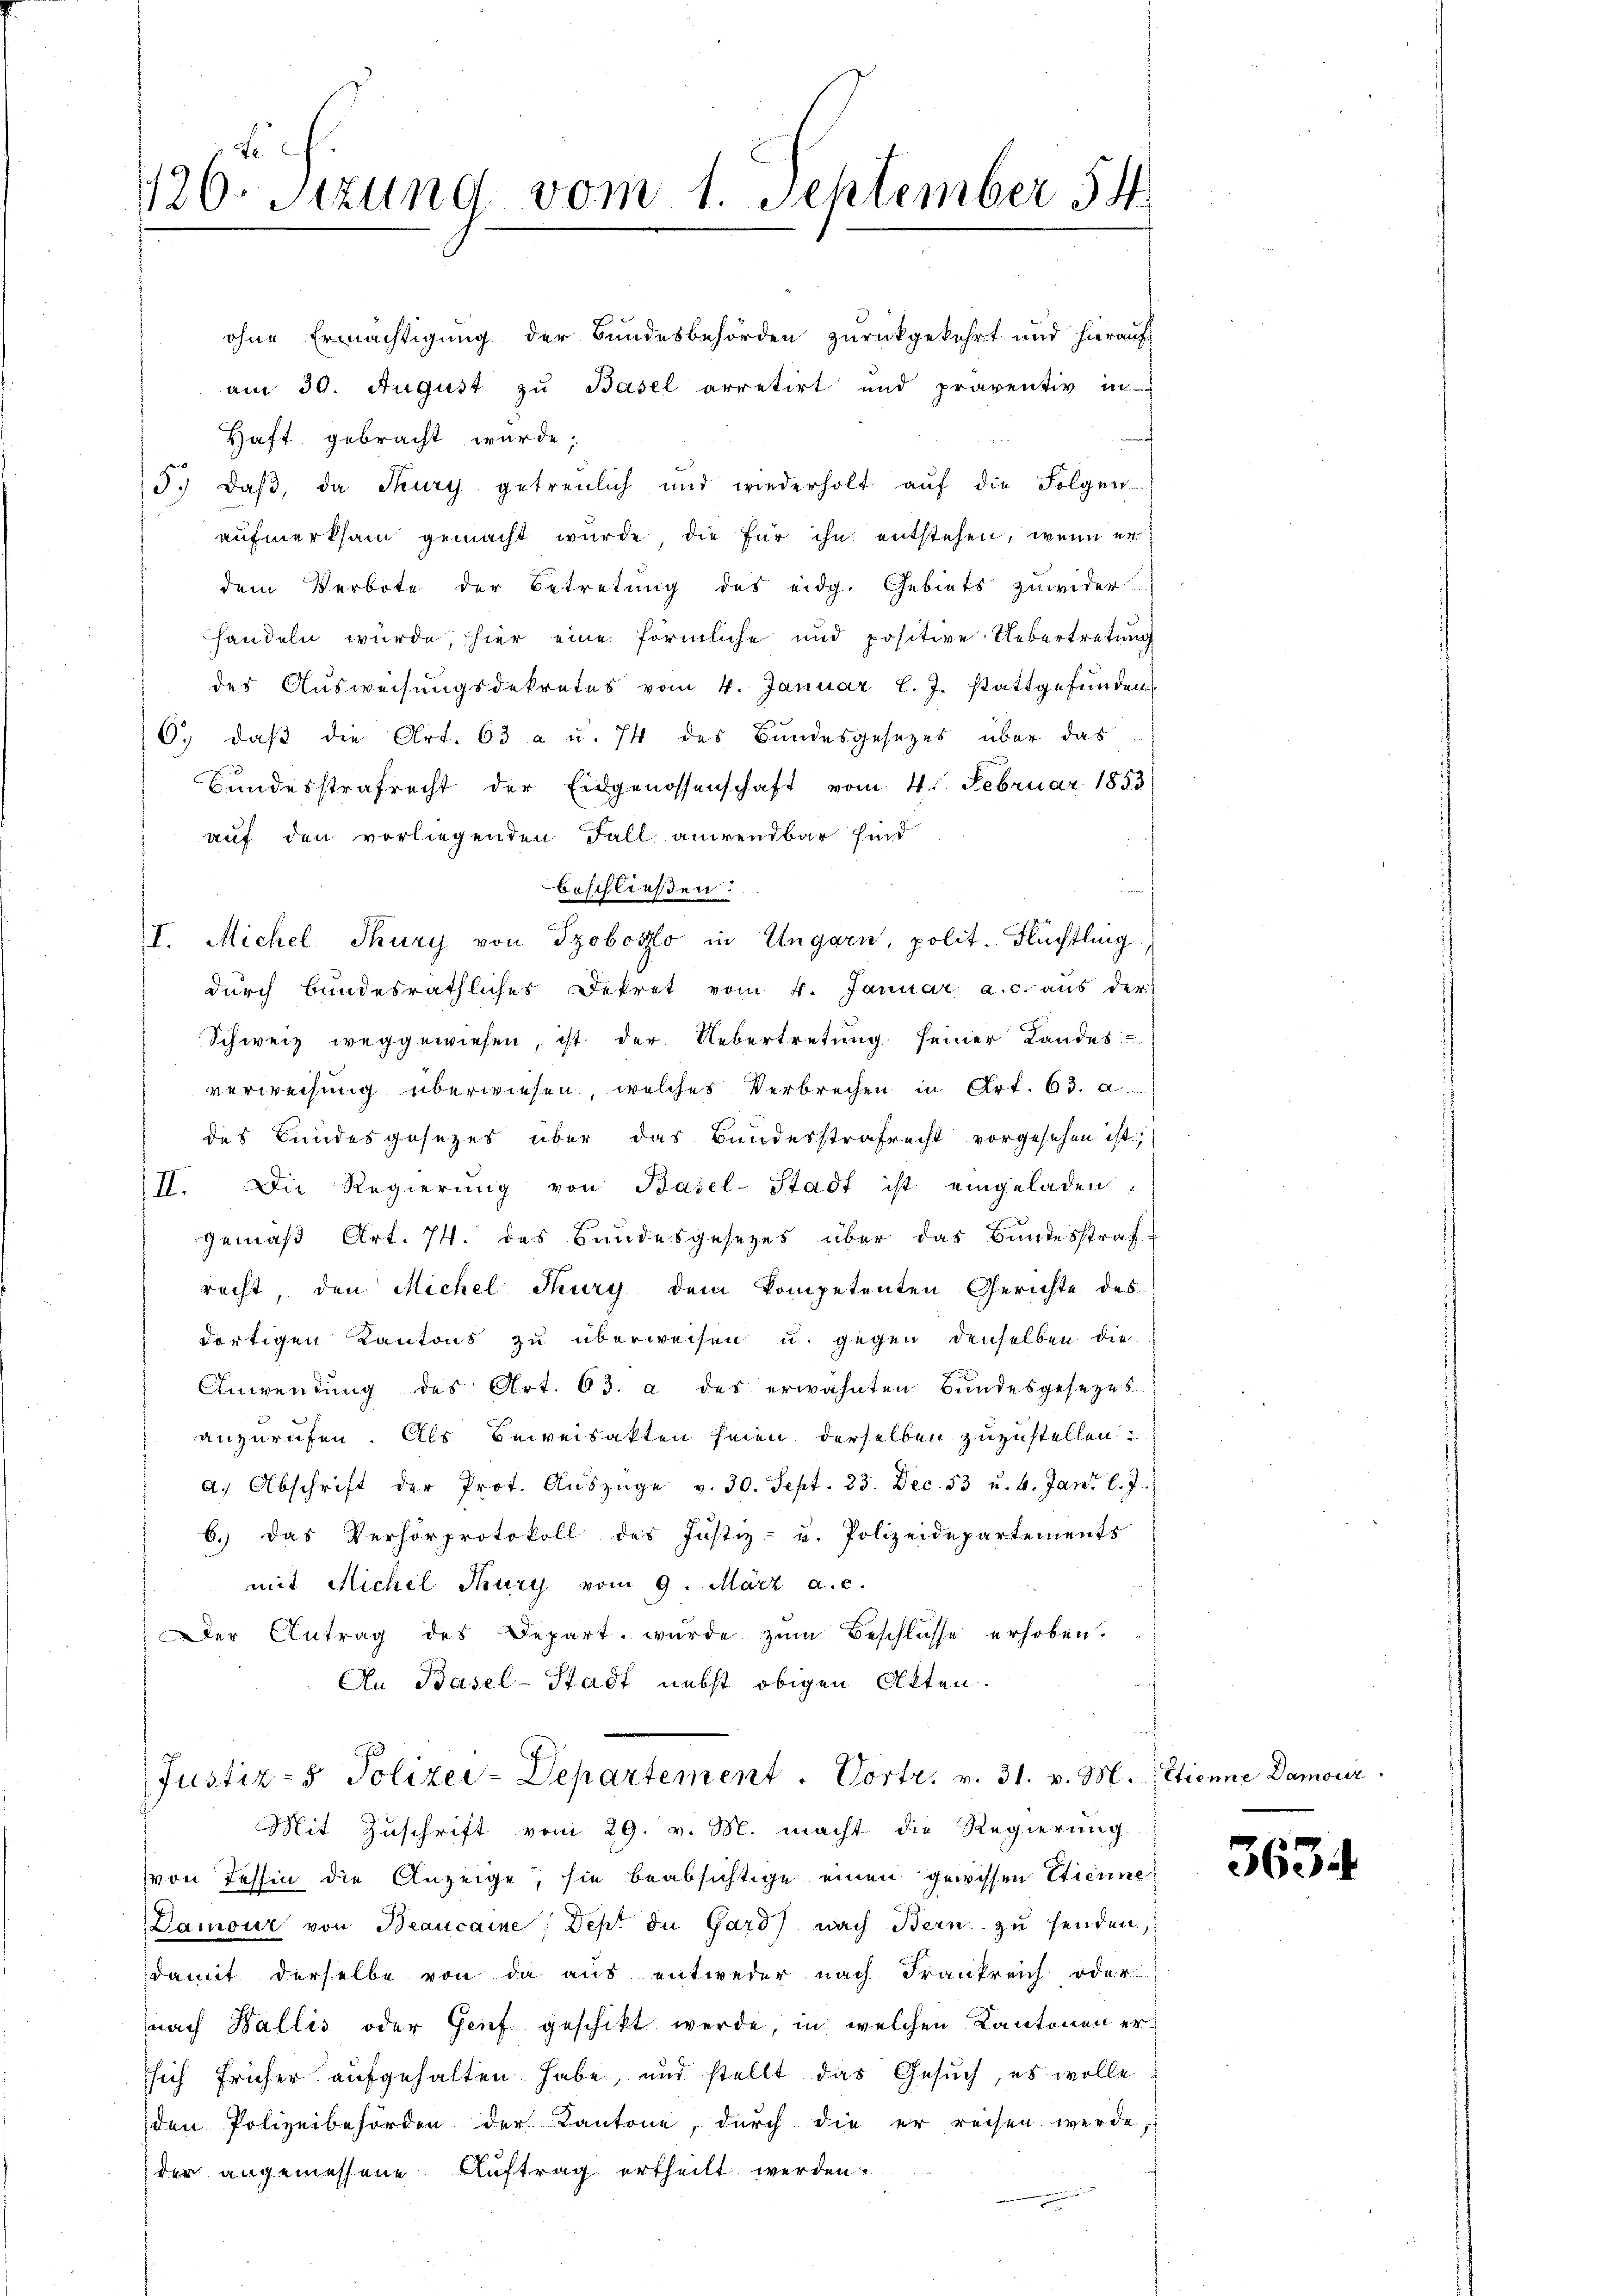
426. Sitzung vom 1. September 54

ohne Ermächtigung der Bundesbehörden zurückgekehrt und hierauf
am 30. August zu Basel arretirt und präventiv in
Haft gebracht wurde;
5. daβ, da Sury getreulich und wiederholt aŭf die Folgen-
aufmerksam gemacht wurde, die für ihn entstehen, wenn er
dem Verbote der Betretung des eidg. Gebiets zuwider
handeln wurde, hier eine förmliche und positive Uebertretung
des Ausweisungsdekretes vom 4. Januar l. J. stattgefŭnden
O. daβ die Art. 63 a u. 74 des Bundesgesezes über das
Bundesstrafrecht der Eidgenossenschaft vom 4. Februar 1853)
auf den vorliegenden Fall anwendbar sind
beschließen.
I. Michel Thury von Szoboszo in Ungarn, polit. Flüchtling
dŭrch Bundesräthliches Dekret vom 4. Januar a. c. aus der
Schweiz weggewiesen, ist der Uebertretung seiner Landes-
verweisung überwiesen, welches Verbrechen in Art. 63. a.
des Bundesgesezes über das Bundesstrafrecht vorgesehen ist,
II. Die Regierŭng von Basel-Stadt ist eingeladen
gemäß Art. 74. des Bundesgesetzes über das Bundesstraf-
recht den Michel Thury dem kompetenten Gerichte des
dortigen Kantons zu überweisen u. gegen denselben die
Anwendung des Art. 63. a des erwähnten Bundesgesezes
anzurufen. Als Beweisakten seien derselben zuzustellen.
a. Abschrift der Prot. Aŭszüge v. 30. Sept. 23. Dec. 53 u. 4. Jani l. J.
b. das Verhörprotokoll des Justiz- u. Polizeidepartements
mit Michel Thury vom 9. März a.c.
Der Antrag des Depart wurde zŭm Beschlüsse erhoben.
An Basel-Stadt nebst obigen Akten.

Justiz- & Polizei-Departement. Vortr. v. 31. v. M.

Mit Zuschrift vom 29. v. M. macht die Regierung
von Tessin die Anzeige, sie beabsichtige einen gewissen Etienne
Damour von Beaucaine; Dept die Gard) nach Bern zu senden,
damit derselbe von da aus entweder nach Frankreich oder
nach Wallis oder Genf geschikt werde, in welchen Kantonen ersich früher aufgehalten habe, und stellt das Gesŭch, es wolle.
den Polizeibehörden der Kantone, durch die er reisen werde
der angemessene Auftrag ertheilt werden.
.

Etienne Damour.

3634